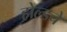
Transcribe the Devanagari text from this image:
होल्डचे